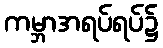
ကမ္ဘာအရပ်ရပ်၌